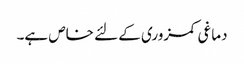
دماغی کمزوری کے لئے خاص ہے۔